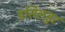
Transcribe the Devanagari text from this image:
इसिलडुर